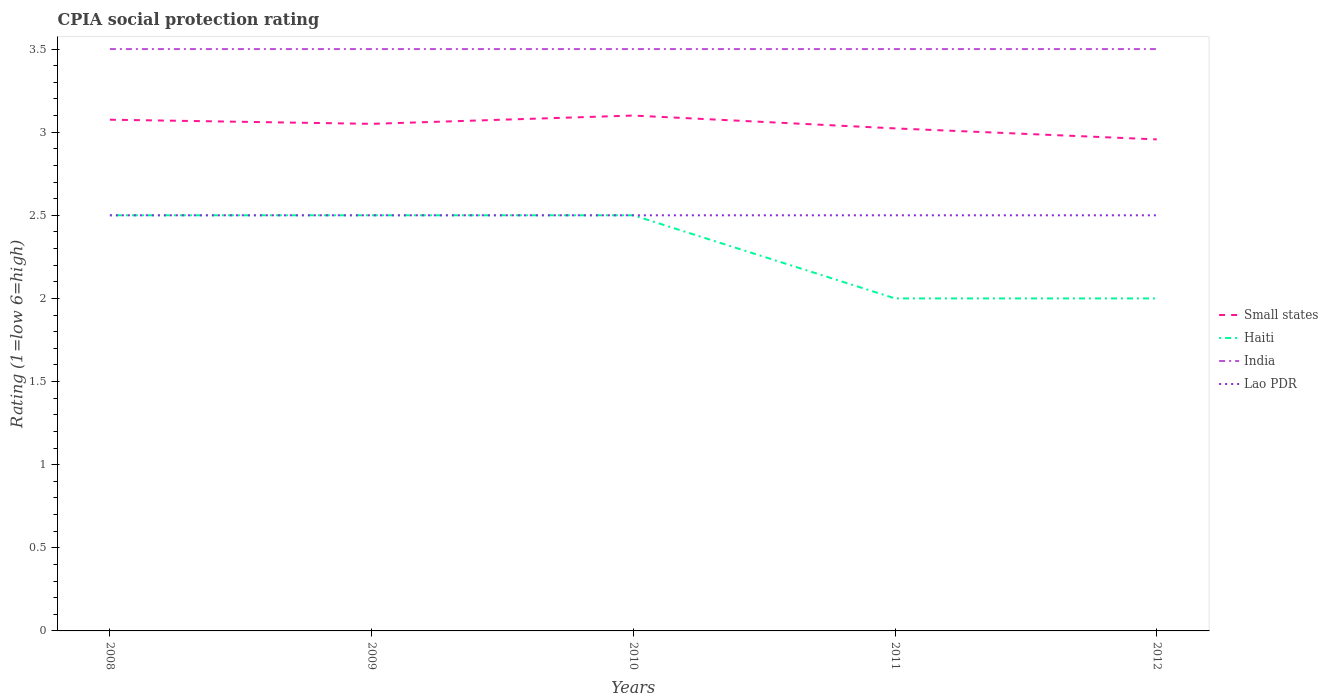
| Years | Small states | Haiti | India | Lao PDR |
 | --- | --- | --- | --- | --- |
 | 2008 | 3.08 | 2.5 | 3.5 | 2.5 |
 | 2009 | 3.05 | 2.5 | 3.5 | 2.5 |
 | 2010 | 3.1 | 2.5 | 3.5 | 2.5 |
 | 2011 | 3.02 | 2 | 3.5 | 2.5 |
 | 2012 | 2.96 | 2 | 3.5 | 2.5 |